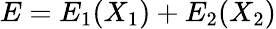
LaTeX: E=E_{1}(X_{1})+E_{2}(X_{2})